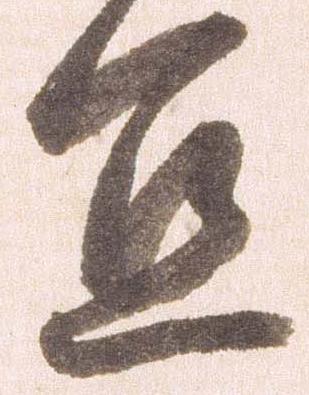
宜